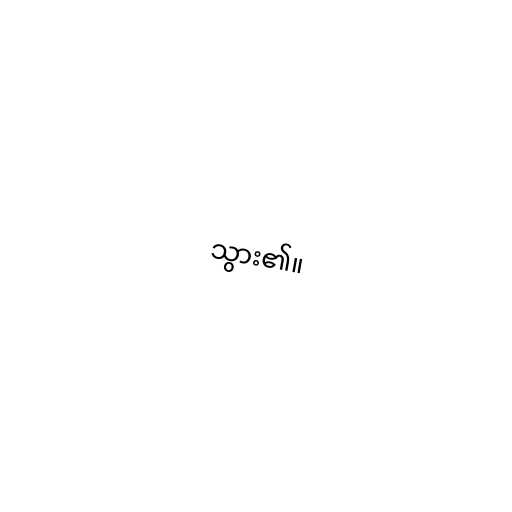
သွား၏။